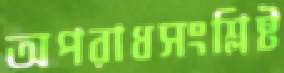
অপরাধসংশ্লিষ্ট